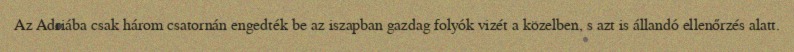
Az Adriába csak három csatornán engedték be az iszapban gazdag folyók vizét a közelben, s azt is állandó ellenőrzés alatt.